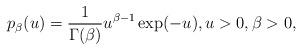
LaTeX: \begin{align*}p_{\beta }(u)=\frac{1}{\Gamma (\beta )}u^{\beta-1}\exp(-u),u>0,\beta >0, \end{align*}